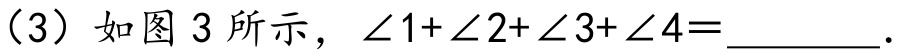
（3）如图3所示，\(\angle 1+\angle 2+\angle 3+\angle 4 = \_\_\_\_\_\).